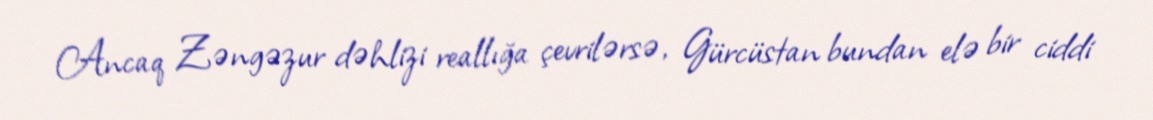
Ancaq Zəngəzur dəhlizi reallığa çevrilərsə, Gürcüstan bundan elə bir ciddi